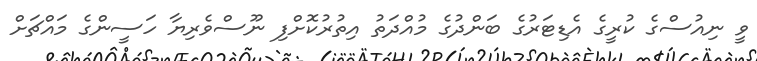
ވީ ނިއުސްގެ ކުރީގެ އެޑިޓަރުގެ ބަންދުގެ މުއްދަތު އިތުރުކޮށްފި ނޫސްވެރިޔާ ހަސީންގެ މައްޗަށް